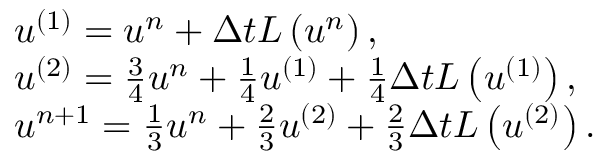
\begin{array} { r l } & { u ^ { ( 1 ) } = u ^ { n } + \Delta t L \left( u ^ { n } \right) , } \\ & { u ^ { ( 2 ) } = \frac { 3 } { 4 } u ^ { n } + \frac { 1 } { 4 } u ^ { ( 1 ) } + \frac { 1 } { 4 } \Delta t L \left( u ^ { ( 1 ) } \right) , } \\ & { u ^ { n + 1 } = \frac { 1 } { 3 } u ^ { n } + \frac { 2 } { 3 } u ^ { ( 2 ) } + \frac { 2 } { 3 } \Delta t L \left( u ^ { ( 2 ) } \right) . } \end{array}